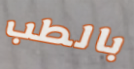
بالطب